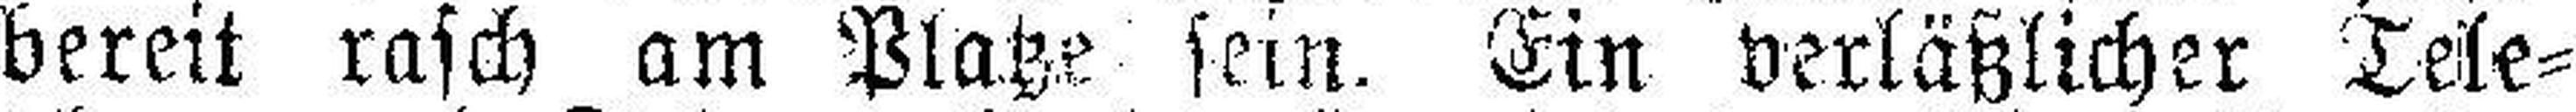
bereit rasch am Platze sein. Ein verläßlicher Tele¬